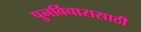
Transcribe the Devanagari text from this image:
पुनर्विचारासाठी